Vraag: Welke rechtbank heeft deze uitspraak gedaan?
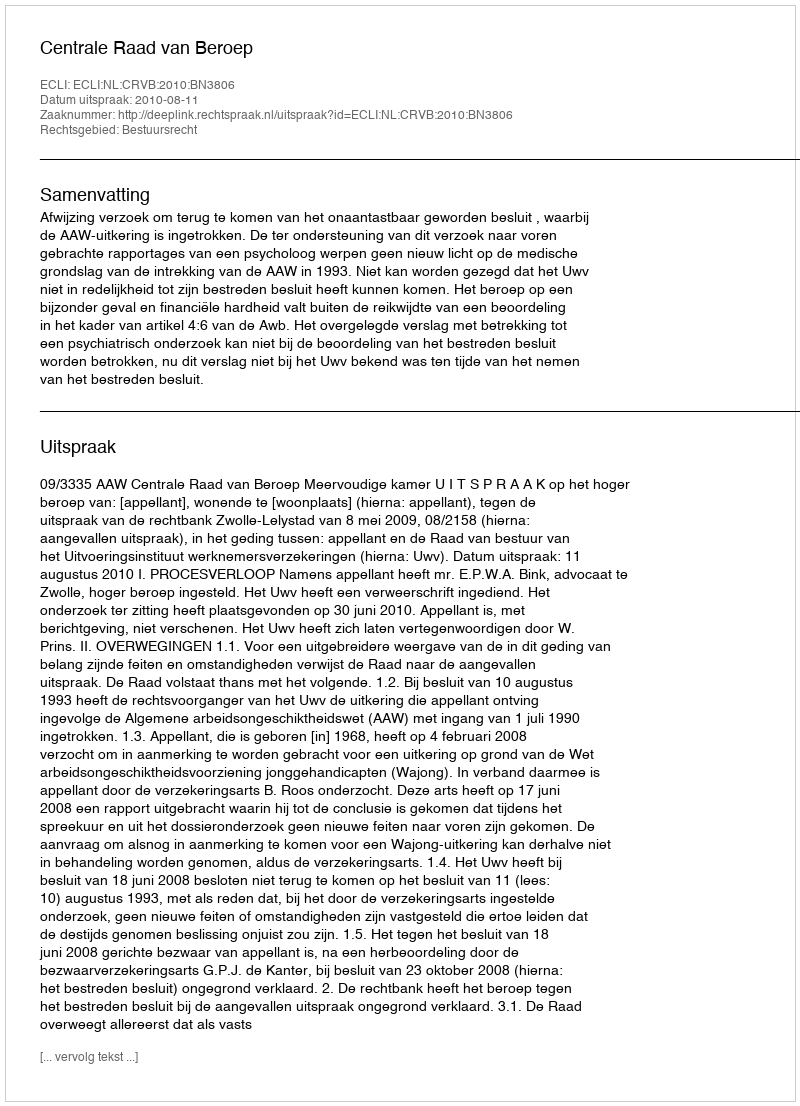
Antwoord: Centrale Raad van Beroep